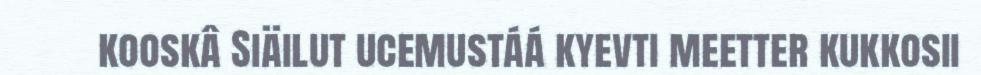
kooskâ Siäilut ucemustáá kyevti meetter kukkosii